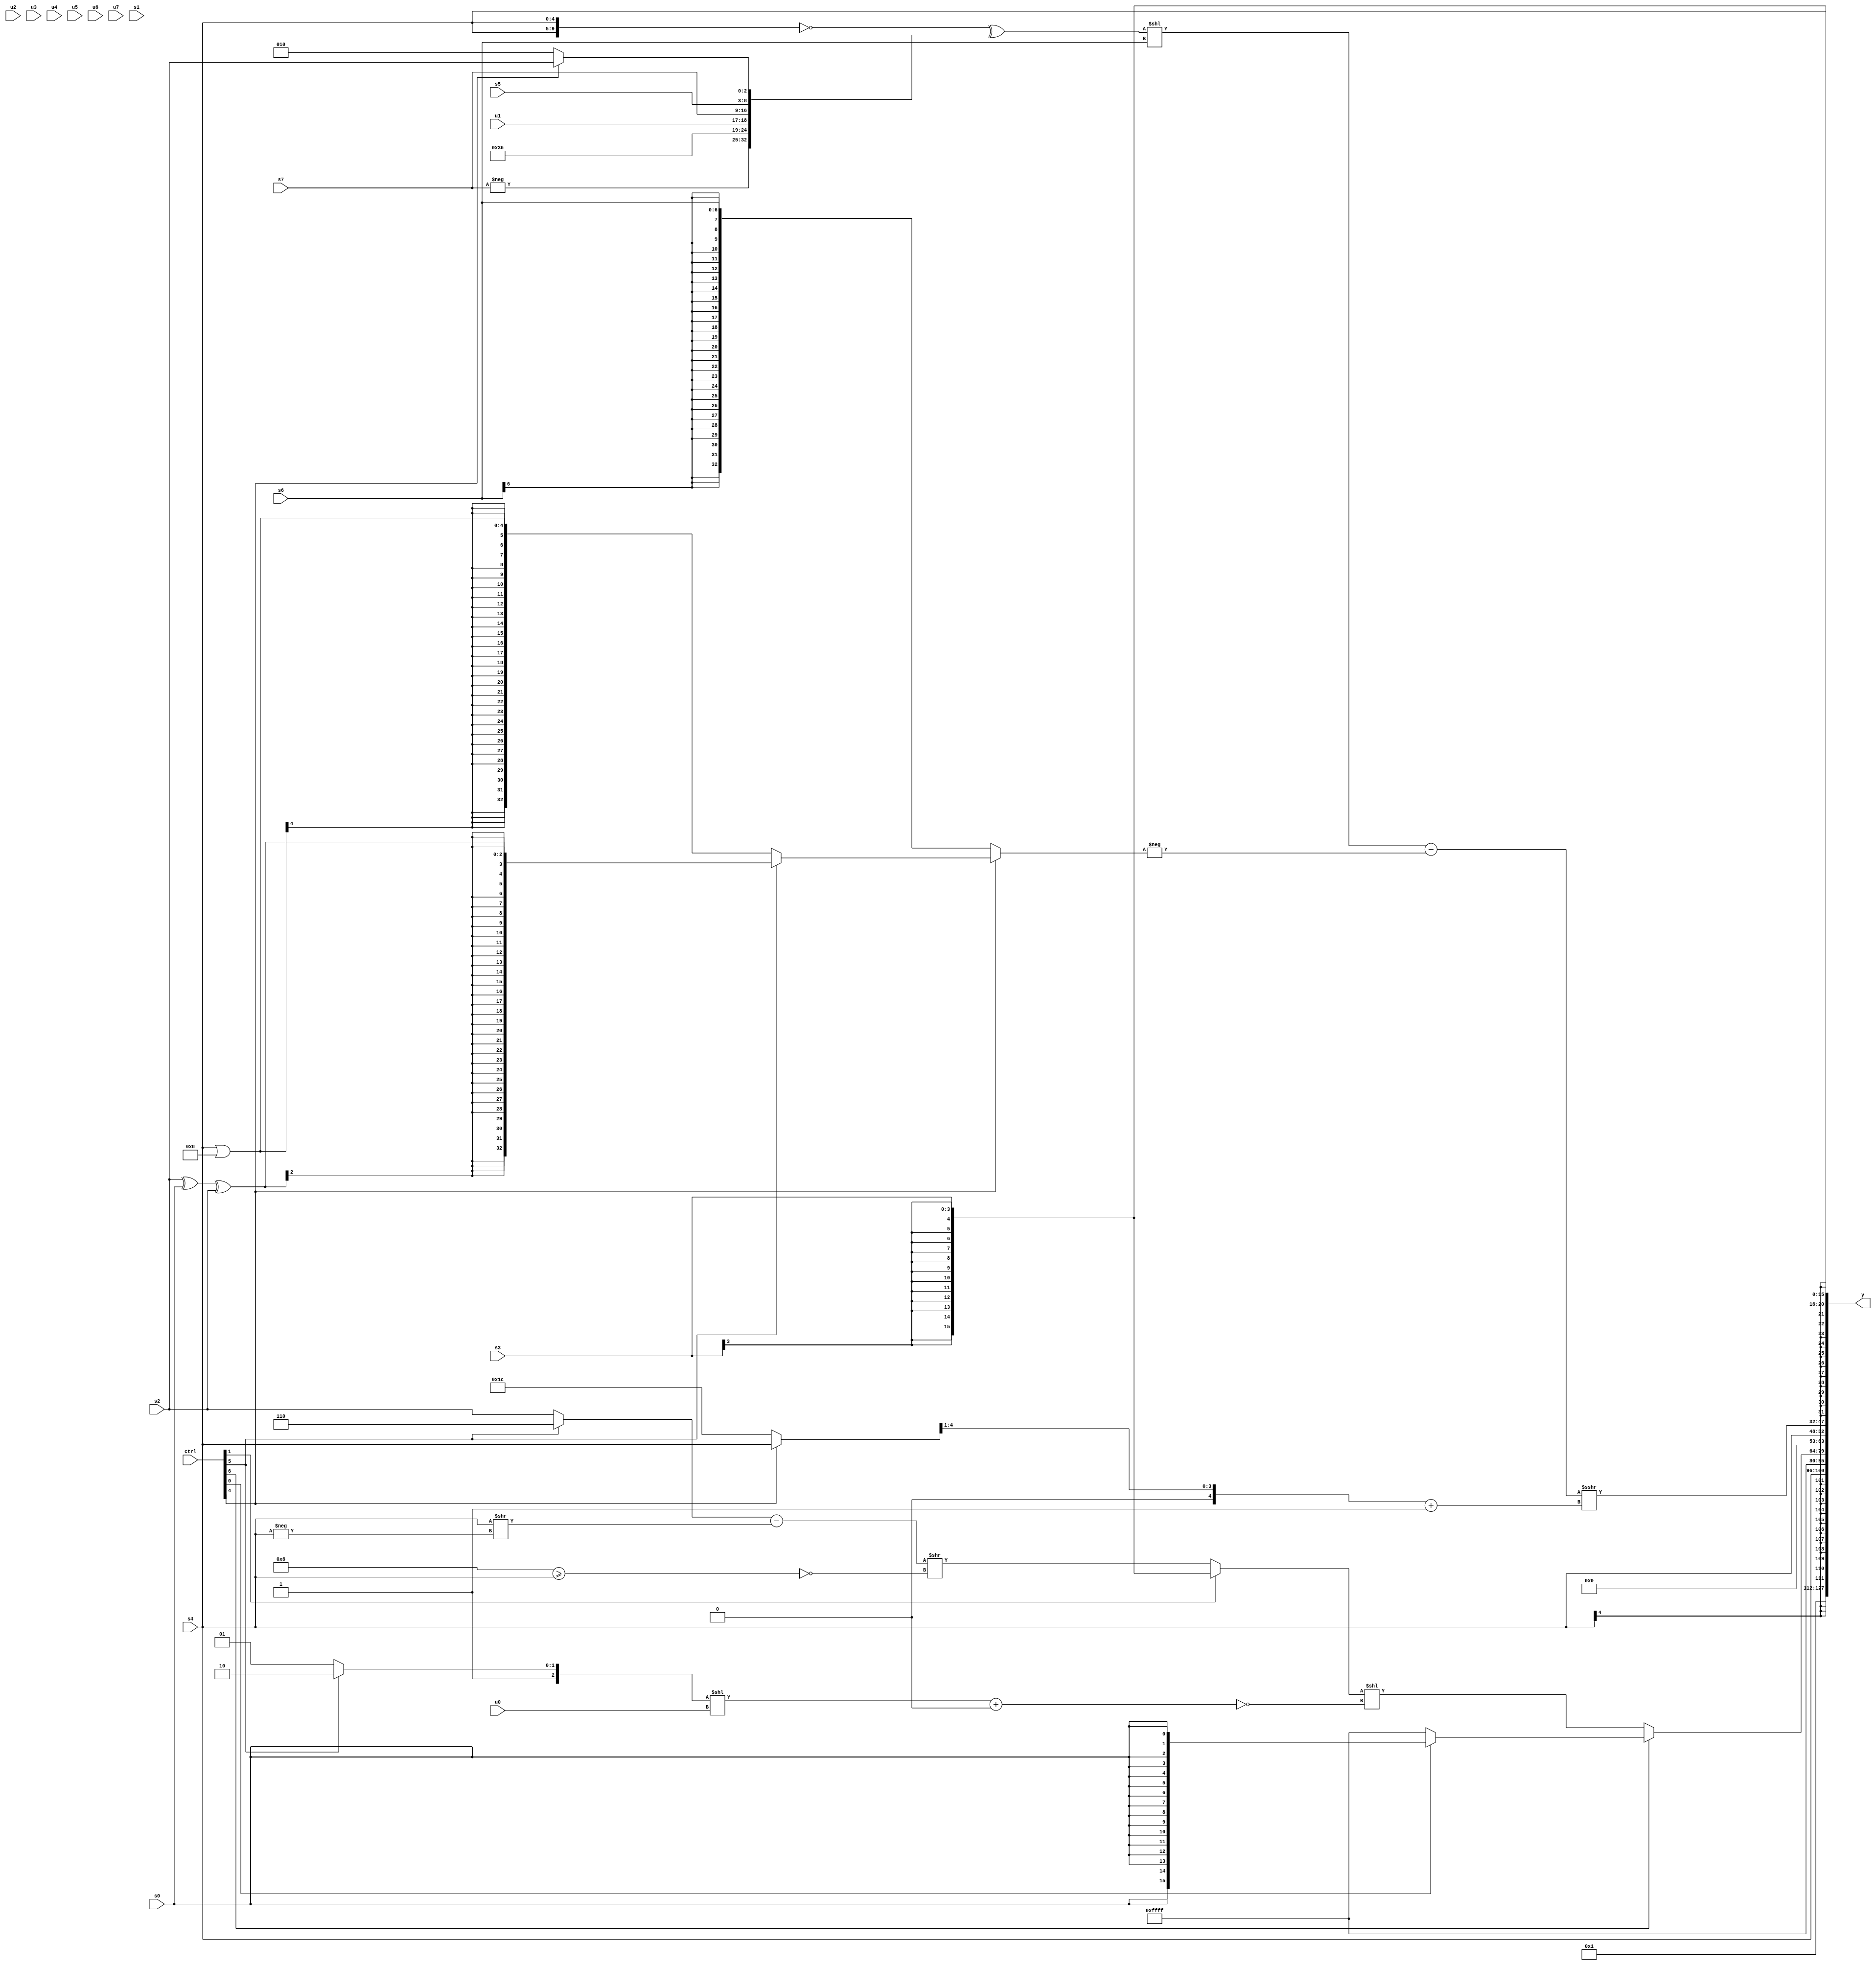
module wideexpr_00729(ctrl, u0, u1, u2, u3, u4, u5, u6, u7, s0, s1, s2, s3, s4, s5, s6, s7, y);
  input [7:0] ctrl;
  input [0:0] u0;
  input [1:0] u1;
  input [2:0] u2;
  input [3:0] u3;
  input [4:0] u4;
  input [5:0] u5;
  input [6:0] u6;
  input [7:0] u7;
  input signed [0:0] s0;
  input signed [1:0] s1;
  input signed [2:0] s2;
  input signed [3:0] s3;
  input signed [4:0] s4;
  input signed [5:0] s5;
  input signed [6:0] s6;
  input signed [7:0] s7;
  output [127:0] y;
  wire [15:0] y0;
  wire [15:0] y1;
  wire [15:0] y2;
  wire [15:0] y3;
  wire [15:0] y4;
  wire [15:0] y5;
  wire [15:0] y6;
  wire [15:0] y7;
  assign y = {y0,y1,y2,y3,y4,y5,y6,y7};
  assign y0 = 2'b01;
  assign y1 = s4;
  assign y2 = $signed({1{1'sb1}});
  assign y3 = (ctrl[6]?(ctrl[0]?$signed(s0):1'sb1):((ctrl[1]?s3:(($signed((ctrl[5]?2'sb10:s2)))-((s4)>>(-(s4))))>>($signed(!((4'sb0110)>=(s4))))))<<(~($signed((((ctrl[5]?5'sb11110:3'sb101))<<(u0))+($signed(^(4'b1111)))))));
  assign y4 = $unsigned(s4);
  assign y5 = ((($signed($signed((({2{s4}})==($unsigned(1'b0)))^({-(s7),{2'b11,4'b0110,u1,s7},$signed(s5),(ctrl[4]?s2:3'sb010)}))))<<(s6))-(-((ctrl[4]?+((ctrl[5]?((s2)^(s0))^(s2):(s4)|((4'sb1000)&(3'sb111)))):s6))))>>>((((ctrl[4]?(s4)>>((((5'sb10011)>=(s0))<<((4'sb0101)^(s4)))<<((6'sb001000)^~((ctrl[2]?2'sb11:3'sb111)))):5'sb11100))>>(+((1'sb1)>>>(3'sb001))))+(1'sb1));
  assign y6 = s4;
  assign y7 = s3;
endmodule